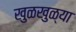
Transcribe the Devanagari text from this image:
खुळखुळ्या